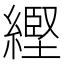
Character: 䌑